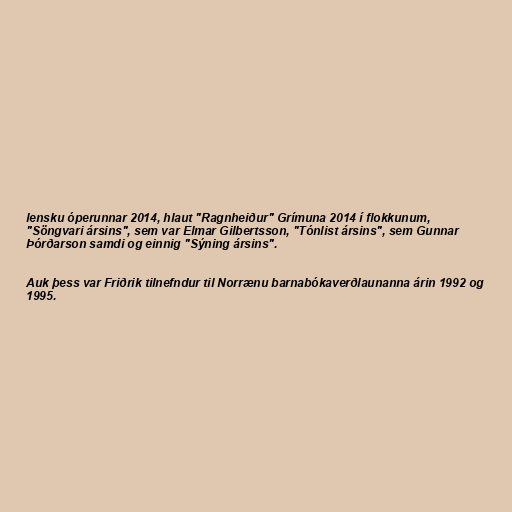
lensku óperunnar 2014, hlaut "Ragnheiður" Grímuna 2014 í flokkunum,
"Söngvari ársins", sem var Elmar Gilbertsson, "Tónlist ársins", sem Gunnar
Þórðarson samdi og einnig "Sýning ársins".

Auk þess var Friðrik tilnefndur til Norrænu barnabókaverðlaunanna árin 1992 og
1995.